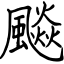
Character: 飈